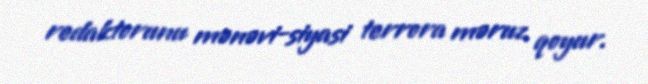
redaktorunu mənəvi-siyasi terrora məruz qoyur.